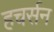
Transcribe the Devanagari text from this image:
हचर्सन